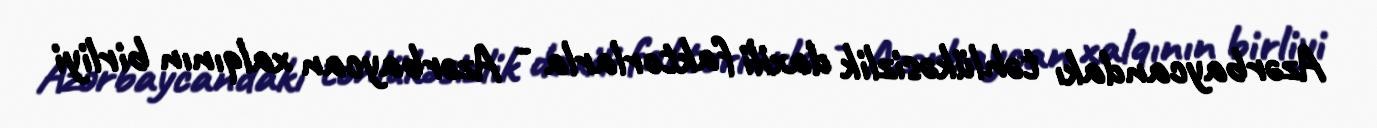
Azərbaycandakı təhlükəsizlik daxili faktorlarla - Azərbaycan xalqının birliyi